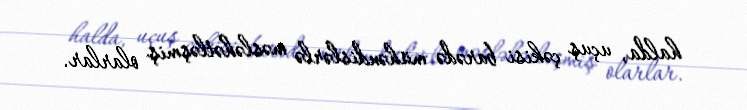
halda, uçuş çəkisi barədə mühəndislərlə məsləhətləşmiş olarlar.